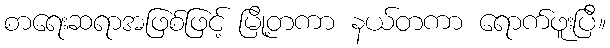
စာရေးဆရာအဖြစ်ဖြင့် မြို့တကာ နယ်တကာ ရောက်ဖူးပြီ။